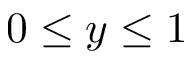
0 \le y \le 1